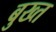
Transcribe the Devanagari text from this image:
बुख्त